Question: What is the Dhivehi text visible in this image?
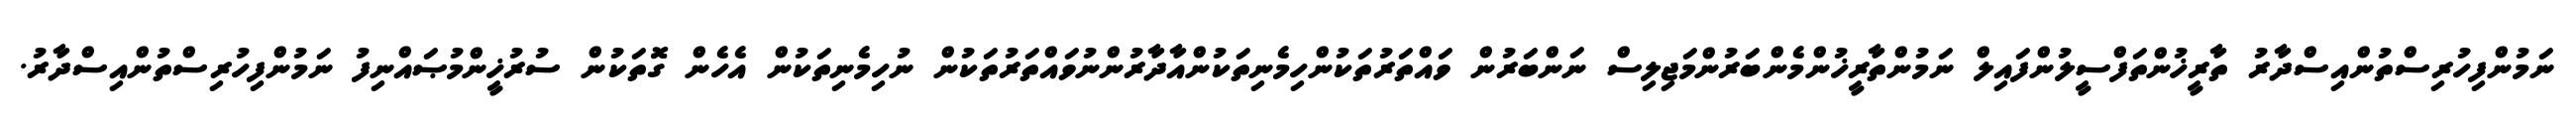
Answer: ނަމުންފިހުރިސްތުންއިސްދާރު ތާރީޚުންތަފްސީލުންފައިލް ނަމުންތާރީޚުންމެންބަރުންމަޖިލިސް ނަންބަރުން ވައްތަރުތަކުންހިމެނިތަކުންއާދާރުންނުވައްތަރުތަކުން ނުހިމެނިތަކުން އެހެން ގޮތަކުން ސުރުޚީންމުޞައްނިފު ނަމުންފިހުރިސްތުންއިސްދާރު.